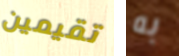
تقيمين به